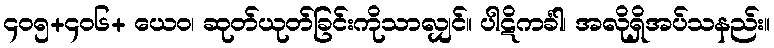
၄၀၅+၄၀၆+ ယေဝ၊ ဆုတ်ယုတ်ခြင်းကိုသာလျှင်။ ပါဋိကင်္ခါ၊ အလိုရှိအပ်သနည်း။